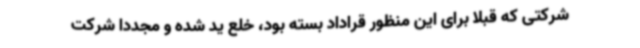
شرکتی که قبلا برای این منظور قراداد بسته بود، خلع ید شده و مجددا شرکت